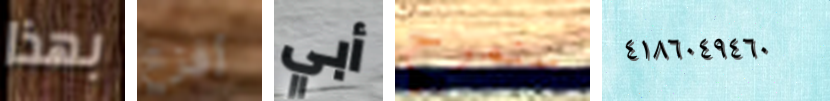
بهذا أفزع أبي سنمرح ٤١٨٦٠٤٩٤٦٠